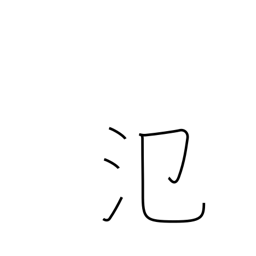
Meaning: spread out